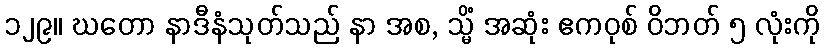
၁၂၉။ ဃတော နာဒီနံသုတ်သည် နာ အစ, သ္မိံ အဆုံး ဧကဝုစ် ဝိဘတ် ၅ လုံးကို